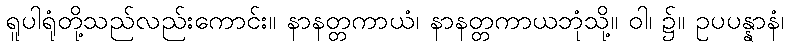
ရူပါရုံတို့သည်လည်းကောင်း။ နာနတ္တကာယံ၊ နာနတ္တကာယဘုံသို့။ ဝါ၊ ၌။ ဥပပန္နာနံ၊